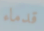
قدماء